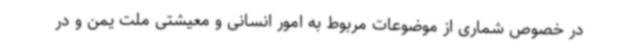
در خصوص شماری از موضوعات مربوط به امور انسانی و معیشتی ملت یمن و در